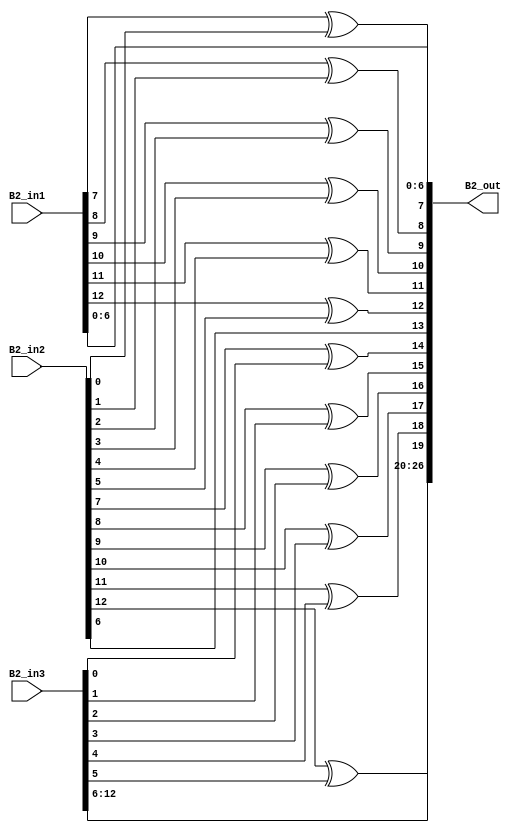
`timescale 1ns / 1ps 
//////////////////////////////////////////////////////////////////////////////////  
// Company:    
 // Engineer:   
 //  // Create Date: 25.01.2022 23:34:48 
// Design Name:     
// Module Name: overlap_module 
 // Project Name:    
// Target Devices:  
// Tool Versions:   
// Description: 
//              
// Dependencies:   
 //  
// Revision:       
 // Revision 0.01 - File Created 
// Additional Comments: 
//  
//////////////////////////////////////////////////////////////////////////////////  
    
    
module overlap_module_13bit(     
    B2_in1,                
    B2_in2,             
    B2_in3,   
    B2_out 
    );     


parameter n = 14;
    
input [n-2:0] B2_in1;   
input [n-2:0] B2_in2;    
input [n-2:0] B2_in3;    

output [2*n-2:0] B2_out;  
    


assign B2_out[0] = B2_in1[0];

assign B2_out[1] = B2_in1[1];

assign B2_out[2] = B2_in1[2];

assign B2_out[3] = B2_in1[3];

assign B2_out[4] = B2_in1[4];

assign B2_out[5] = B2_in1[5];

assign B2_out[6] = B2_in1[6];

assign B2_out[7] = B2_in1[7]^ B2_in2[0];

assign B2_out[8] = B2_in1[8]^ B2_in2[1];

assign B2_out[9] = B2_in1[9]^ B2_in2[2];

assign B2_out[10] = B2_in1[10]^ B2_in2[3];

assign B2_out[11] = B2_in1[11]^ B2_in2[4];

assign B2_out[12] = B2_in1[12]^ B2_in2[5];

assign B2_out[13] = B2_in2[6];

assign B2_out[14] = B2_in2[7]^B2_in3[0];

assign B2_out[15] = B2_in2[8]^B2_in3[1];

assign B2_out[16] = B2_in2[9]^B2_in3[2];

assign B2_out[17] = B2_in2[10]^B2_in3[3];

assign B2_out[18] = B2_in2[11]^B2_in3[4];

assign B2_out[19] = B2_in2[12]^B2_in3[5];

assign B2_out[20] = B2_in3[6];

assign B2_out[21] = B2_in3[7];

assign B2_out[22] = B2_in3[8];

assign B2_out[23] = B2_in3[9];

assign B2_out[24] = B2_in3[10];

assign B2_out[25] = B2_in3[11];

assign B2_out[26] = B2_in3[12];

endmodule